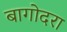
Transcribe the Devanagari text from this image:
बागोदरा